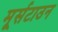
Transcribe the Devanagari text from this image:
मूर्सटाउन